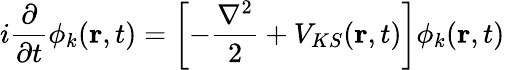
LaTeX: i\frac{\partial}{\partial t}\phi_{k}({\mathbf r},t)=\left[-\frac{\nabla^{2}}{2}+V_{KS}({\mathbf r},t)\right]\phi_{k}({\mathbf r},t)